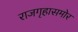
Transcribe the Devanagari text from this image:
राजगृहासमोर